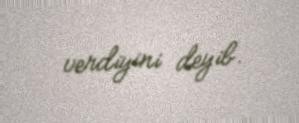
verdiyini deyib.